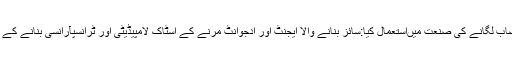
م ٹیکسٹائل اور خضاب لگانے کی صنعت میںاستعمال کیا:سائز بنانے والا ایجنٹ اور ادجوانٹ مرنے کے اسٹاک لامپیڈیٹی اور ٹرانسپآرانسی بنانے کے لئے کے طور پر ۔